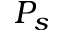
P _ { s }